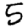
Digit: 5